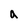
Character: a